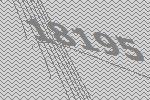
18195